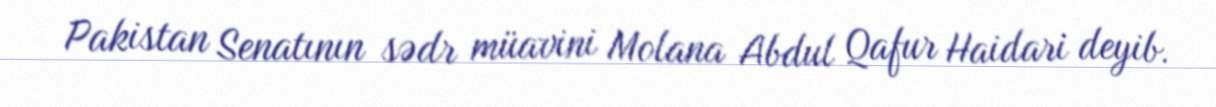
Pakistan Senatının sədr müavini Molana Abdul Qafur Haidari deyib.